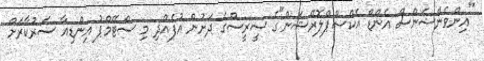
"އިންވެންޝަންސް އެންޑް އެކްސްޕްލޮރޭޝަން"ގެ ސީރީސްގެ ދަށުން އުފެއްދި މި ސްޓޭމްޕު އިންޑިއާ ސަރުކާރަށް